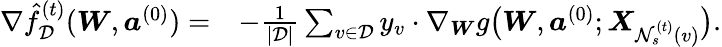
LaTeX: \begin{array}{rl}{\nabla\hat{f}_{\mathcal{D}}^{(t)}({\boldsymbol W},{\boldsymbol a}^{(0)})=}&{-\frac{1}{|\mathcal{D}|}\sum_{v\in\mathcal{D}}y_{v}\cdot\nabla_{\boldsymbol W}g\big({\boldsymbol W},{\boldsymbol a}^{(0)};{\boldsymbol X}_{\mathcal{N}_{s}^{(t)}(v)}\big).}\end{array}